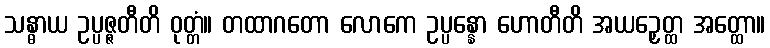
သန္ဓာယ ဥပ္ပဇ္ဇတီတိ ဝုတ္တံ။ တထာဂတော လောကေ ဥပ္ပန္နော ဟောတီတိ အယဉှေတ္ထ အတ္ထော။